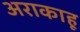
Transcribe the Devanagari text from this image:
अराकाहू